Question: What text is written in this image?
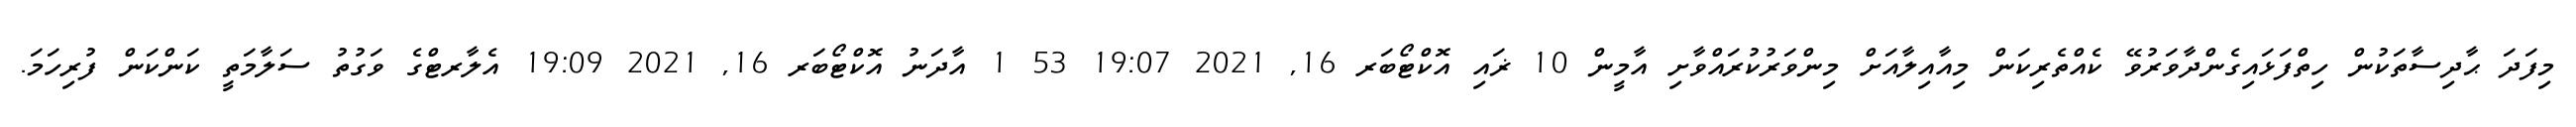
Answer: މިފަދަ ޙާދިސާތަކުން ހިތްފަޅައިގެންދާވަރުވޭ ކެއްތެރިކަން މިއާއިލާއަށް މިންވަރުކުރައްވާށި އާމީން 10 ޜައި އޮކްޓޯބަރ 16, 2021 19:07 53 1 އާދަނު އޮކްޓޯބަރ 16, 2021 19:09 އެލާރޓްގެ ވަގުތު ސަލާމަތީ ކަންކަން ފުރިހަމަ.